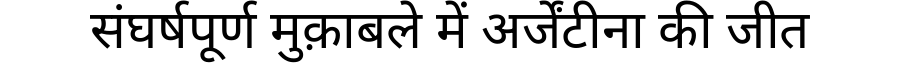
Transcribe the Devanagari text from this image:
संघर्षपूर्ण मुक़ाबले में अर्जेंटीना की जीत